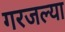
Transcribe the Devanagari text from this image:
गरजल्या